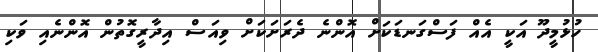
ހުޅުމީދޫ އަކީ އެއް ފަސްގަނޑަކަށް އޮންނެ ދެރަށަކަށް ވިއަސް އިދާރީގޮތުން އޮންނެއި ވަކި